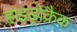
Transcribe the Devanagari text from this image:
हाइड्रोक्रैक